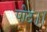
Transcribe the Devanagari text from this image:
पीठ।।